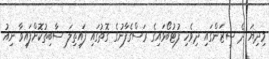
މިދިޔަ ދެ ސީޒަންގައި ދިވެހި ފުޓުބޯޅައިގެ ރަސްގެފާނުގެ ގޮތުގައި ފައިތިލަ ސާބިތުކޮށްފައިވާ ނިއު